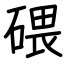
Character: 碨